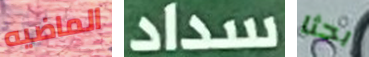
الماضيه سداد بحثا